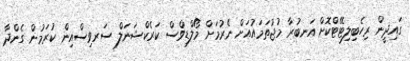
ގައިދީން ރިހެބިލިޓޭޓްކޮށް އަނބުރާ މުޖުތަމައުއަށް ނެރުމަށް މޯލްޑިވްސް ކަރެކްޝަނަލް ސަރވިސްއިން ކުރަމުން ގެންދާ